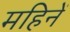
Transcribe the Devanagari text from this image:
महिनें